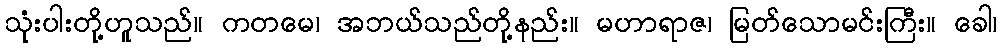
သုံးပါးတို့ဟူသည်။ ကတမေ၊ အဘယ်သည်တို့နည်း။ မဟာရာဇ၊ မြတ်သောမင်းကြီး။ ခေါ၊